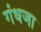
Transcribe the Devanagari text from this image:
गंधजा